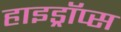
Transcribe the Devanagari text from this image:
हाइड्रॉप्स